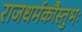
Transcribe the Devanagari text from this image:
राजधर्मकौस्तुभः